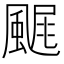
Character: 𩘂